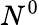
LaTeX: N^{0}